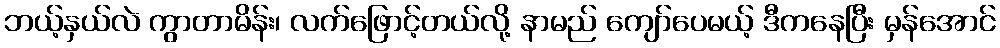
ဘယ့်နှယ်လဲ ကွာတာမိန်း၊ လက်ဖြောင့်တယ်လို့ နာမည် ကျော်ပေမယ့် ဒီကနေပြီး မှန်အောင်